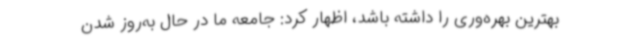
بهترین بهره‌وری را داشته باشد، اظهار کرد: جامعه ما در حال به‌روز شدن